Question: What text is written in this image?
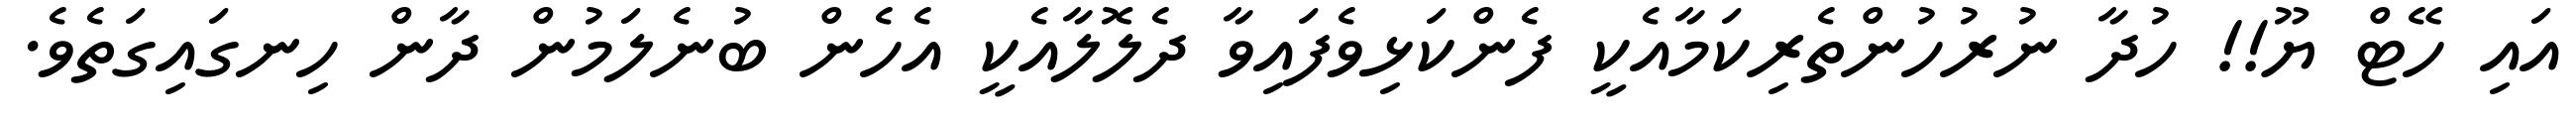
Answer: އައި ހޭޓް ޔޫ!! ހުދާ ނުރުހުންތެރިކަމާއެކީ ފެންކަޅިވެފައިވާ ދެލޮލާއެކީ އެހެން ބުނެލަމުން ދާން ހިނގައިގަތެވެ.